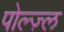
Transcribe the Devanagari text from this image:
पोल्ज़्ल